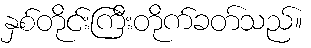
နှစ်တိုင်းကြီးတိုက်ခတ်သည်။